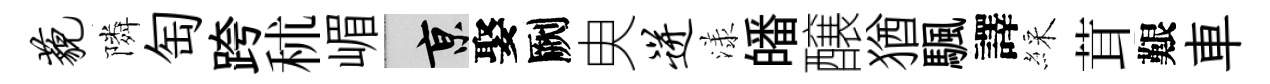
藐隣匋跨秫嵋京娶劂㬰迸漾皤醸猶颿譯綵茸艱車